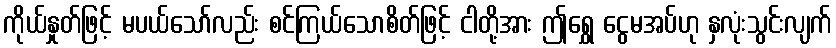
ကိုယ်နှုတ်ဖြင့် မပယ်သော်လည်း စင်ကြယ်သောစိတ်ဖြင့် ငါတို့အား ဤရွှေ ငွေမအပ်ဟု နှလုံးသွင်းလျက်